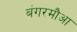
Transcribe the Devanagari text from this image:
बंगरमौआ